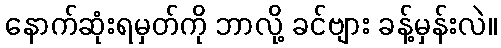
နောက်ဆုံးရမှတ်ကို ဘာလို့ ခင်ဗျား ခန့်မှန်းလဲ။